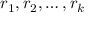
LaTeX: r _ { 1 } , r _ { 2 } , \ldots , r _ { k }